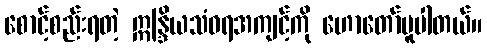
စောင့်စည်းရတဲ့ ဣန္ဒြိယသံဝရအကျင့်ကို ဟောတော်မူပါတယ်။